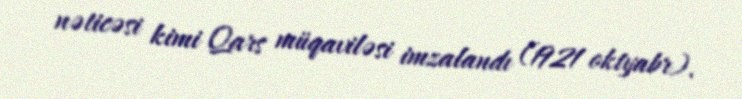
nəticəsi kimi Qars müqaviləsi imzalandı (1921 oktyabr).